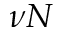
\nu N